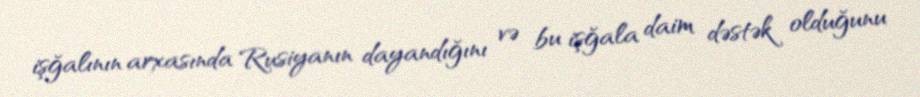
işğalının arxasında Rusiyanın dayandığını və bu işğala daim dəstək olduğunu